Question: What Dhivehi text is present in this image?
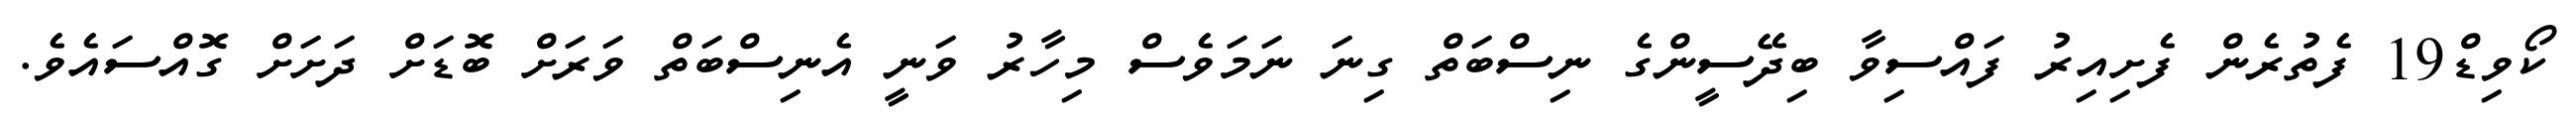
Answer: ކޯވިޑް19 ފެތުރެން ފެށިއިރު ފައްސިވާ ބިދޭސީންގެ ނިސްބަތް ގިނަ ނަމަވެސް މިހާރު ވަނީ އެނިސްބަތް ވަރަށް ބޮޑަށް ދަށަށް ގޮއްސައެވެ.